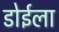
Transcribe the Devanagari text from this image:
डोईला